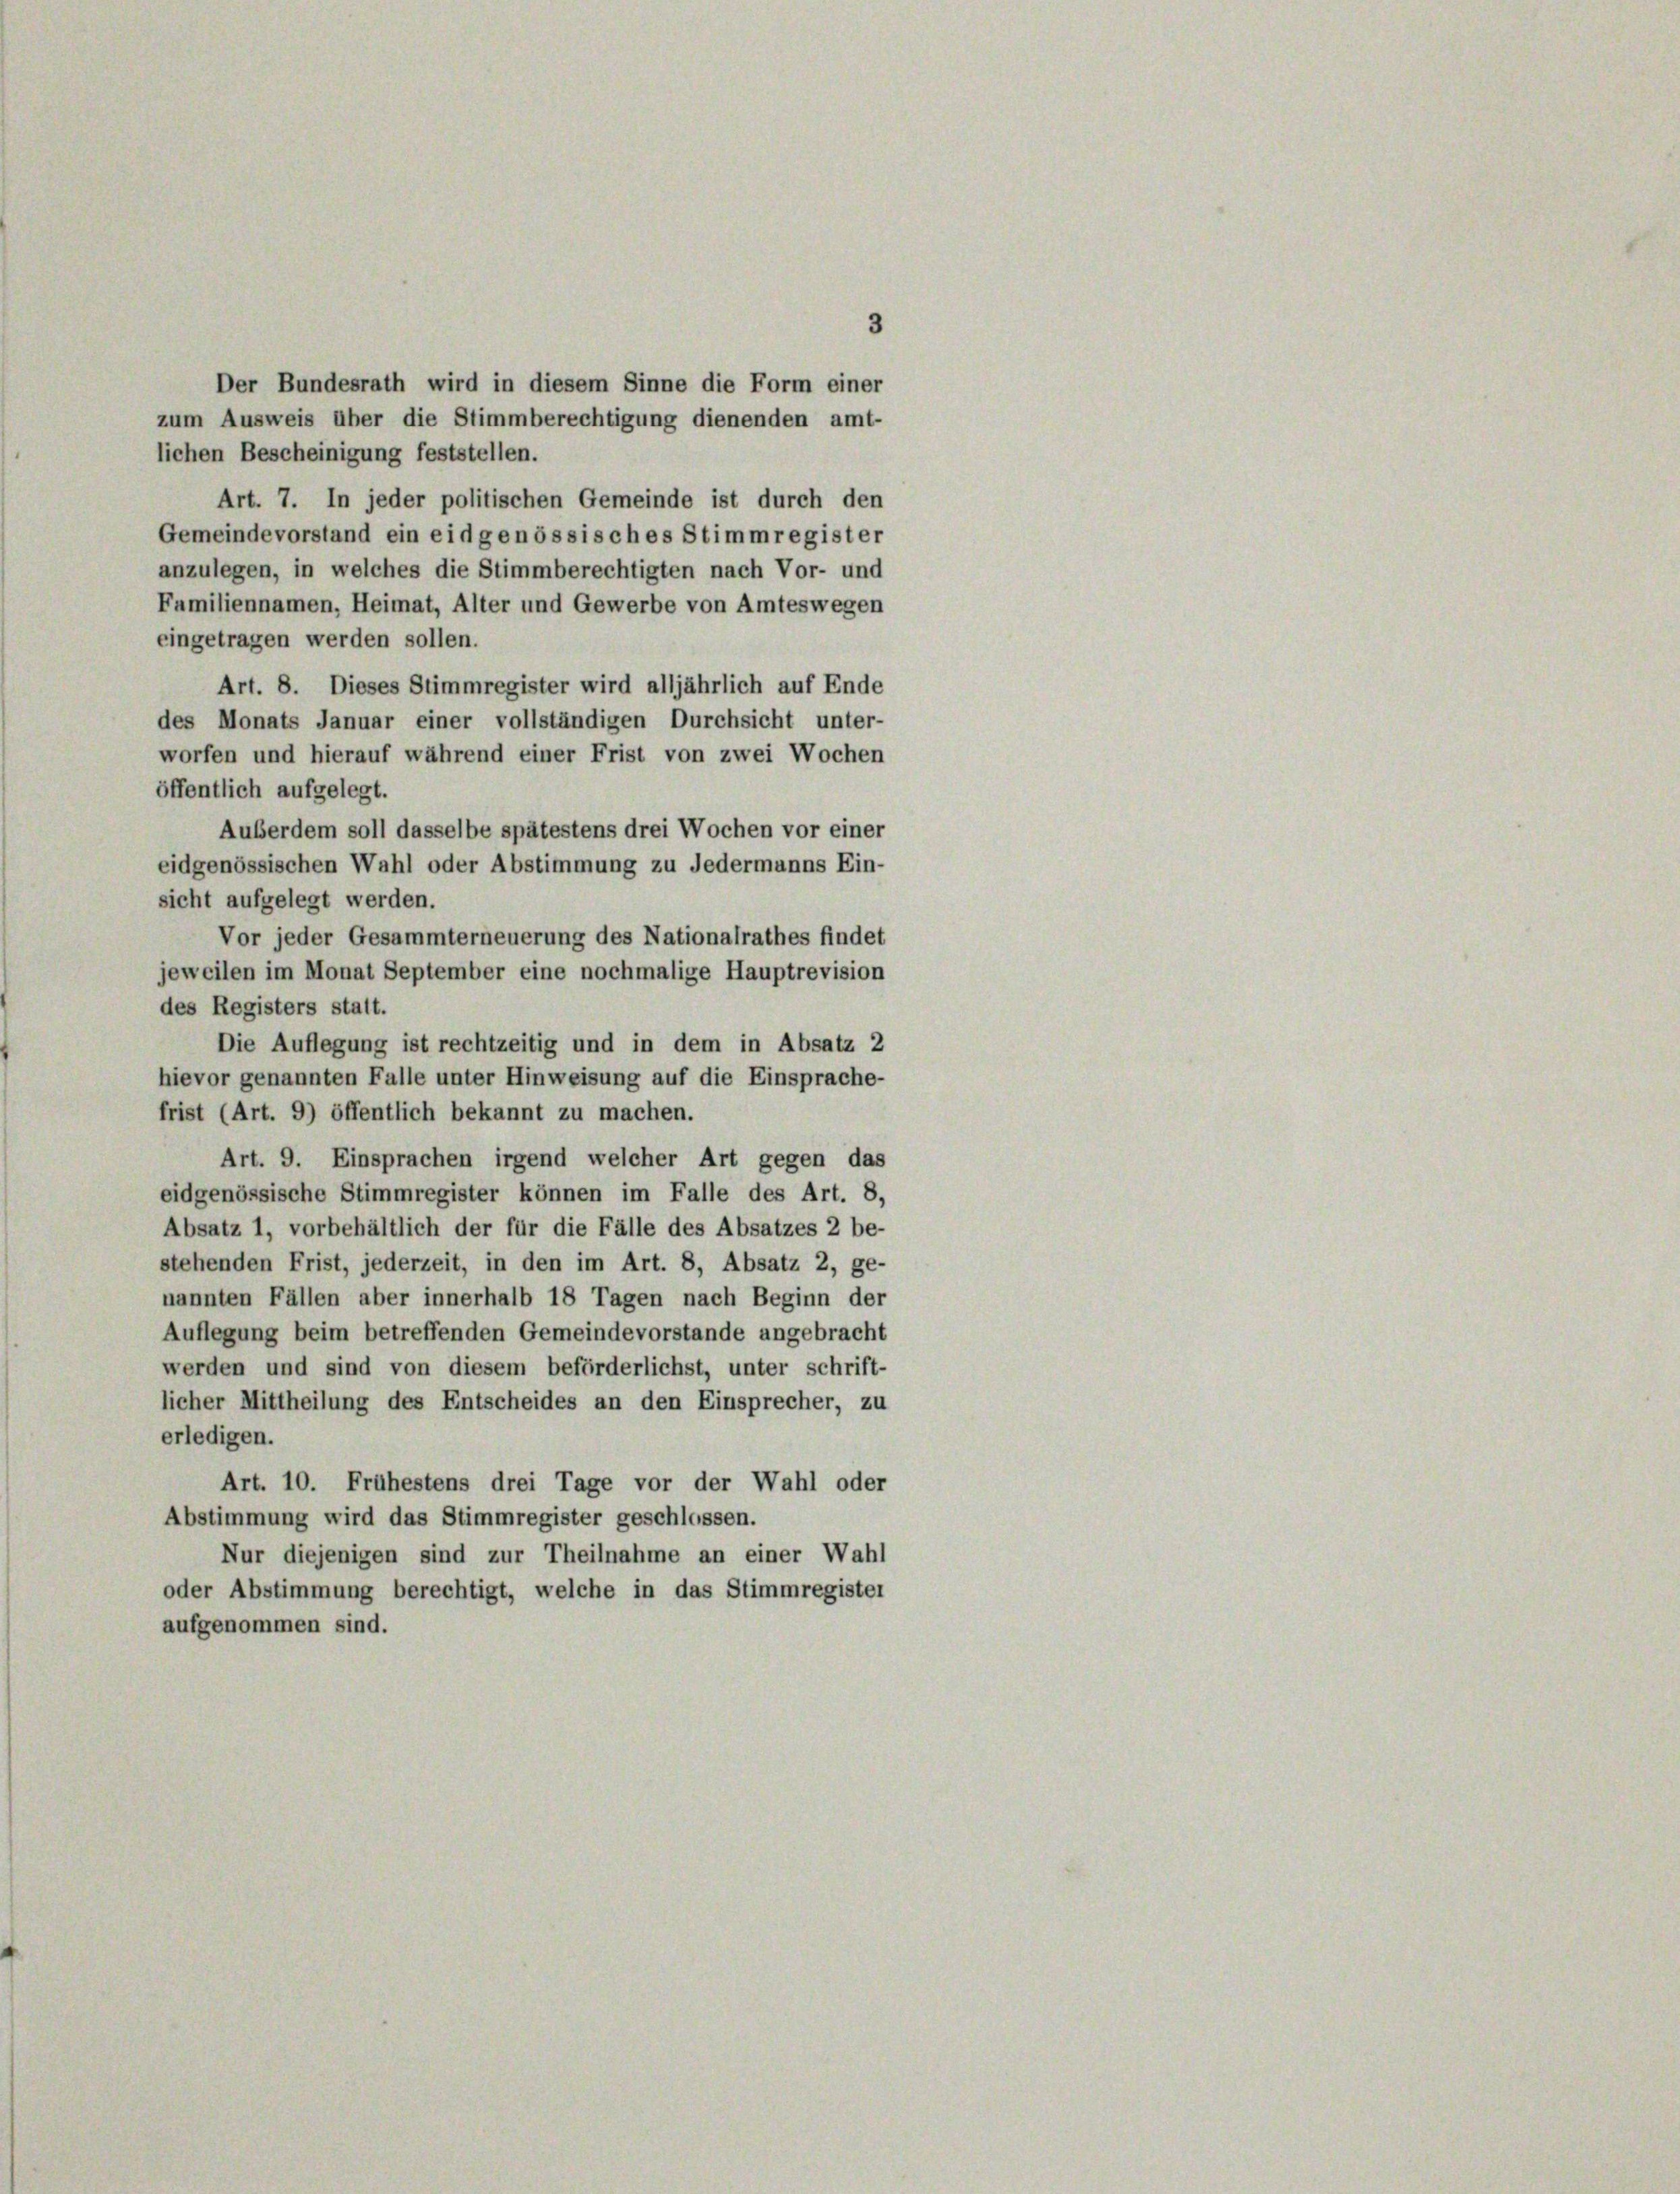
3
Der Bundesrath wird in diesem Sinne die Form einer
zum Ausweis über die Stimmberechtigung dienenden amt-
lichen Bescheinigung feststellen.
Art. 7. In jeder politischen Gemeinde ist durch den
Gemeindevorstand ein eidgenössisches Stimmregister
anzulegen, in welches die Stimmberechtigten nach Vor- und
Familiennamen, Heimat, Alter und Gewerbe von Amteswegen
eingetragen werden sollen.
Art. 8. Dieses Stimmregister wird alljährlich auf Ende
des Monats Januar einer vollständigen Durchsicht unter-
worfen und hierauf während einer Frist von zwei Wochen
öffentlich aufgelegt.
Außerdem soll dasselbe spätestens drei Wochen vor einer
eidgenössischen Wahl oder Abstimmung zu Jedermanns Ein-
sicht aufgelegt werden.
Vor jeder Gesammterneuerung des Nationalrathes findet
jeweilen im Monat September eine nochmalige Hauptrevision
des Registers statt.
Die Auflegung ist rechtzeitig und in dem in Absatz 2
hievor genannten Falle unter Hinweisung auf die Einsprache-
frist (Art. 9) öffentlich bekannt zu machen.
Art. 9. Einsprachen irgend welcher Art gegen das
eidgenössische Stimmregister können im Falle des Art. 8,
Absatz 1, vorbehältlich der für die Fälle des Absatzes 2 be-
stehenden Frist, jederzeit, in den im Art. 8, Absatz 2, ge-
nannten Fällen aber innerhalb 18 Tagen nach Beginn der
Auflegung beim betreffenden Gemeindevorstande angebracht
werden und sind von diesem beförderlichst, unter schrift-
licher Mittheilung des Entscheides an den Einsprecher, zu
erledigen.
Art. 10. Frühestens drei Tage vor der Wahl oder
Abstimmung wird das Stimmregister geschlossen.
Nur diejenigen sind zur Theilnahme an einer Wahl
oder Abstimmung berechtigt, welche in das Stimmregister
aufgenommen sind.